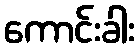
ကောင်းခါး